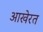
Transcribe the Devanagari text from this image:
आखेरत